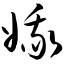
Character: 娥